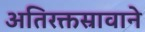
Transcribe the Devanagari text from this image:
अतिरक्तस्रावाने